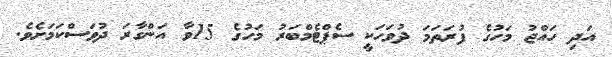
އަދި ހައްޖު މަހުގެ ފުރަތަމަ ދުވަހަކީ ސެޕްޓެމްބަރު މަހުގެ 15ވާ އަންގާރަ ދުވަސްކަމަށެވެ.